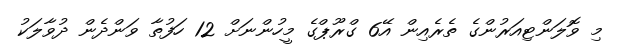
މި ވޮލަންޓިއަރުންގެ ތެރެއިން އޭ6 ގްރޫޕްގެ މީހުންނަށް 12 ހަފުތާ ވަންދެން ދުވާލަކު